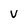
Character: v